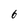
Character: 6